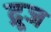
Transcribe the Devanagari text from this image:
द्रूज